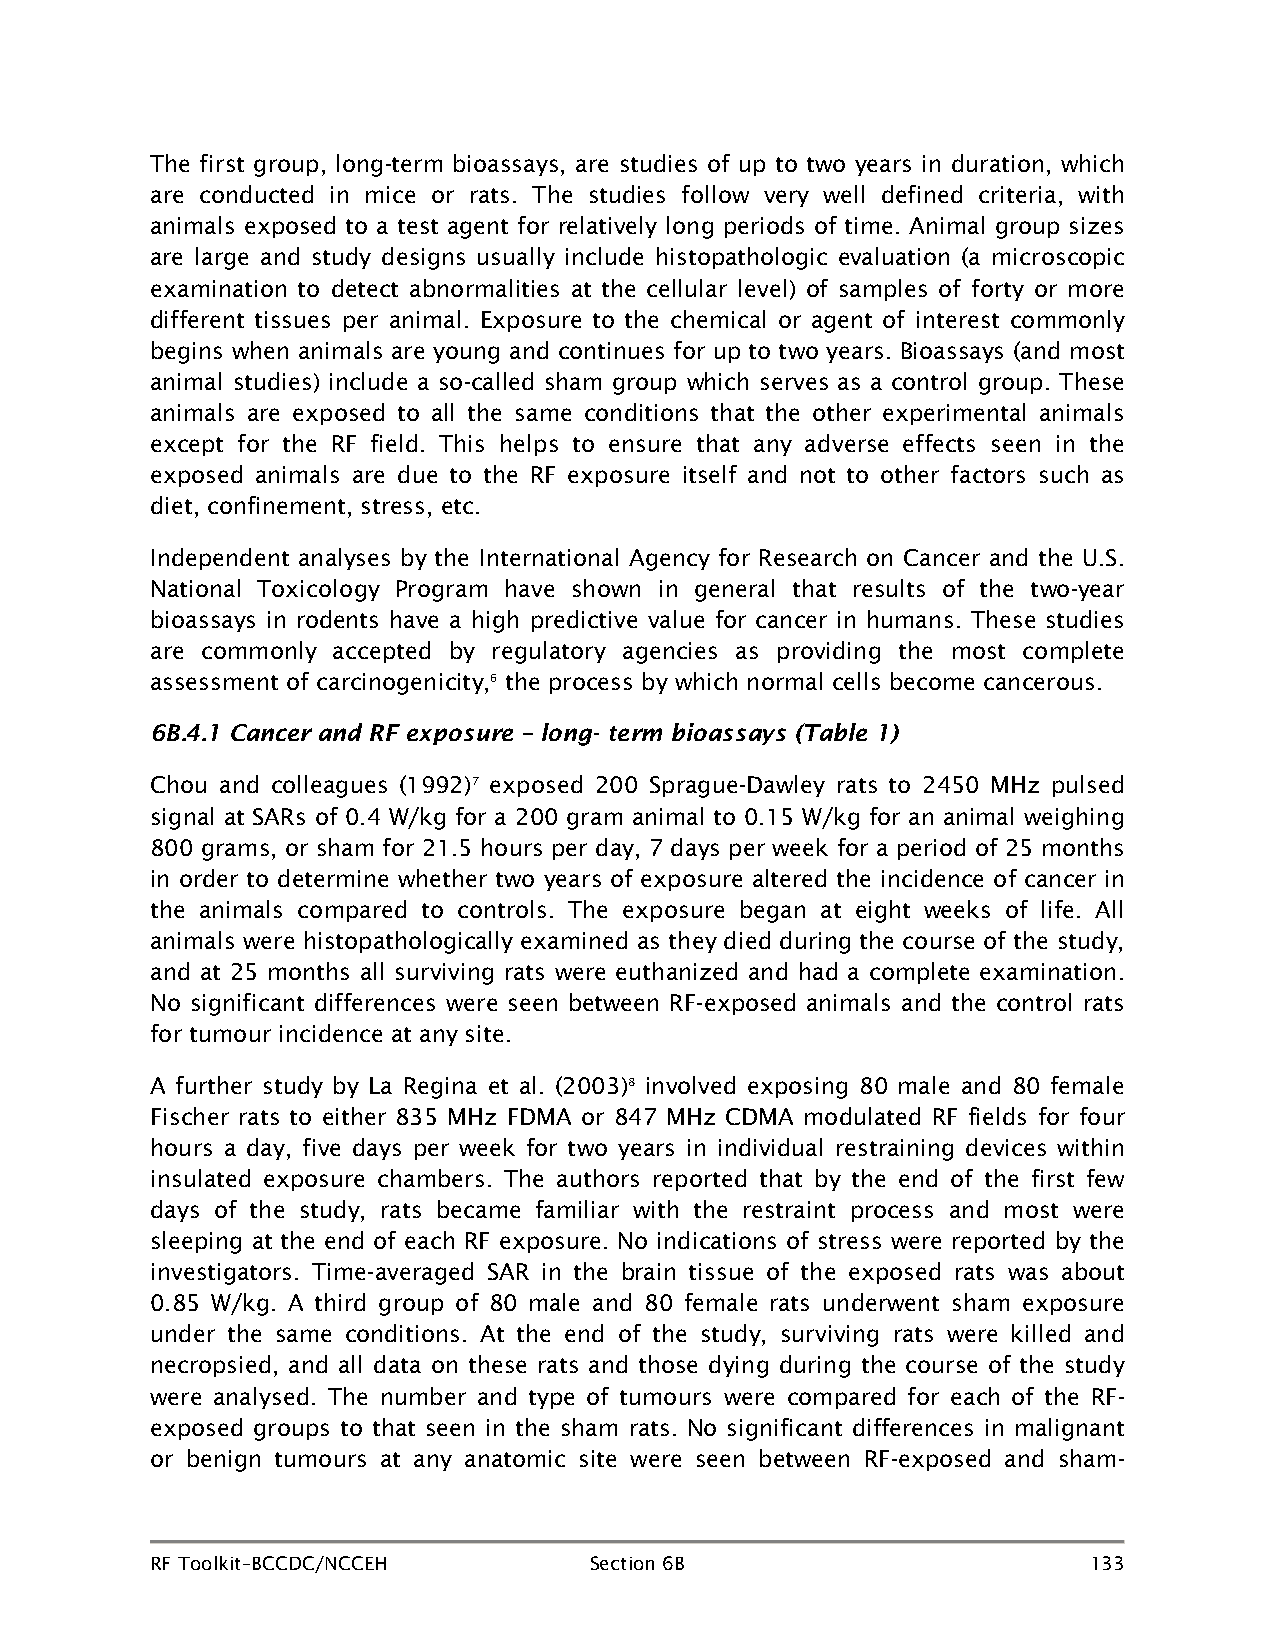
The first group, long-term bioassays, are studies of up to two years in duration, which
 are conducted in mice or rats. The studies follow very well defined criteria, with
 animals exposed to a test agent for relatively long periods of time. Animal group sizes
 are large and study designs usually include histopathologic evaluation (a microscopic
 examination to detect abnormalities at the cellular level) of samples of forty or more
 different tissues per animal. Exposure to the chemical or agent of interest commonly
 begins when animals are young and continues for up to two years. Bioassays (and most
 animal studies) include a so-called sham group which serves as a control group. These
 animals are exposed to all the same conditions that the other experimental animals
 except for the RF field. This helps to ensure that any adverse effects seen in the
 exposed animals are due to the RF exposure itself and not to other factors such as
 diet, confinement, stress, etc.
 Independent analyses by the International Agency for Research on Cancer and the U.S.
 National Toxicology Program have shown in general that results of the two-year
 bioassays in rodents have a high predictive value for cancer in humans. These studies
 are commonly accepted by regulatory agencies as providing the most complete
 assessment of carcinogenicity,6 the process by which normal cells become cancerous.
 6B.4.1 Cancer and RF exposure – long- term bioassays (Table 1)
 Chou and colleagues (1992)7 exposed 200 Sprague-Dawley rats to 2450 MHz pulsed
 signal at SARs of 0.4 W/kg for a 200 gram animal to 0.15 W/kg for an animal weighing
 800 grams, or sham for 21.5 hours per day, 7 days per week for a period of 25 months
 in order to determine whether two years of exposure altered the incidence of cancer in
 the animals compared to controls. The exposure began at eight weeks of life. All
 animals were histopathologically examined as they died during the course of the study,
 and at 25 months all surviving rats were euthanized and had a complete examination.
 No significant differences were seen between RF-exposed animals and the control rats
 for tumour incidence at any site.
 A further study by La Regina et al. (2003)8 involved exposing 80 male and 80 female
 Fischer rats to either 835 MHz FDMA or 847 MHz CDMA modulated RF fields for four
 hours a day, five days per week for two years in individual restraining devices within
 insulated exposure chambers. The authors reported that by the end of the first few
 days of the study, rats became familiar with the restraint process and most were
 sleeping at the end of each RF exposure. No indications of stress were reported by the
 investigators. Time-averaged SAR in the brain tissue of the exposed rats was about
 0.85 W/kg. A third group of 80 male and 80 female rats underwent sham exposure
 under the same conditions. At the end of the study, surviving rats were killed and
 necropsied, and all data on these rats and those dying during the course of the study
 were analysed. The number and type of tumours were compared for each of the RF-
 exposed groups to that seen in the sham rats. No significant differences in malignant
 or benign tumours at any anatomic site were seen between RF-exposed and sham-
 RF Toolkit–BCCDC/NCCEH       Section 6B                       133